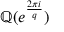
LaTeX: \mathbb { Q } ( e ^ { \frac { 2 \pi i } { q } } )